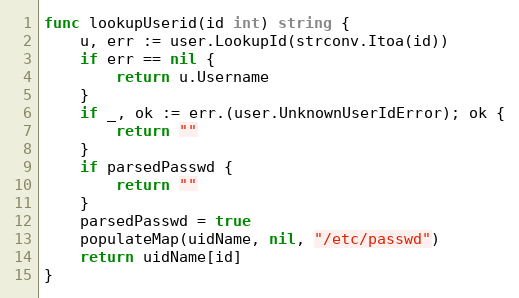
Language: Go
func lookupUserid(id int) string {
	u, err := user.LookupId(strconv.Itoa(id))
	if err == nil {
		return u.Username
	}
	if _, ok := err.(user.UnknownUserIdError); ok {
		return ""
	}
	if parsedPasswd {
		return ""
	}
	parsedPasswd = true
	populateMap(uidName, nil, "/etc/passwd")
	return uidName[id]
}